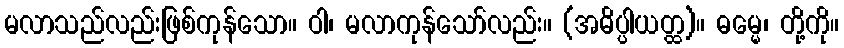
မလာသည်လည်းဖြစ်ကုန်သော။ ဝါ၊ မလာကုန်သော်လည်း။ (အဓိပ္ပါယတ္ထ)။ ဓမ္မေ၊ တို့ကို။